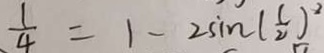
\frac { 1 } { 4 } = 1 - 2 \sin ( \frac { 1 } { 2 } ) ^ { 2 }